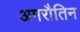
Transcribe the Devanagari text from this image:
अमरौतिन